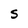
Character: S